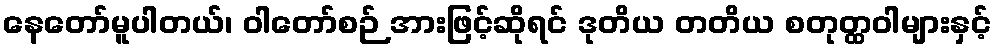
နေတော်မူပါတယ်၊ ဝါတော်စဉ် အားဖြင့်ဆိုရင် ဒုတိယ တတိယ စတုတ္ထဝါများနှင့်